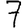
Digit: 7